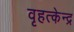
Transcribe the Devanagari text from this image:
वृहत्केन्द्र